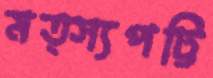
মত্স্যপট্টি